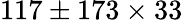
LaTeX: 117\pm 173\times 33